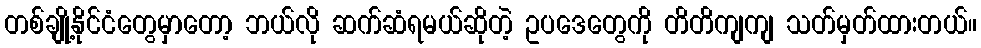
တစ်ချို့နိုင်ငံတွေမှာတော့ ဘယ်လို ဆက်ဆံရမယ်ဆိုတဲ့ ဥပဒေတွေကို တိတိကျကျ သတ်မှတ်ထားတယ်။